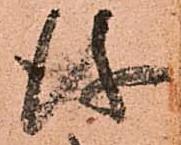
儀